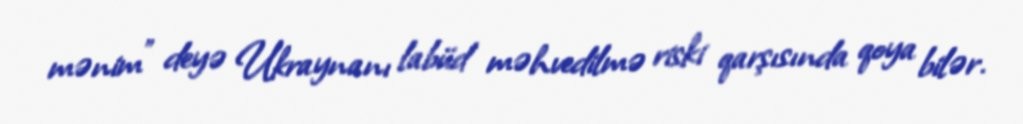
mənim” deyə Ukraynanı labüd məhvedilmə riski qarşısında qoya bilər.